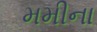
મમીના